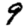
Digit: 9